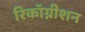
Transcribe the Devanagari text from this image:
रिकॉग्नीशन